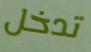
تدخل